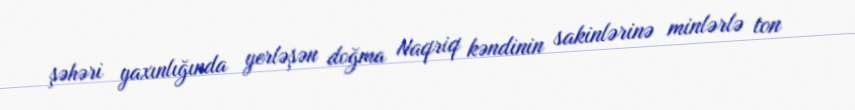
şəhəri yaxınlığında yerləşən doğma Naqriq kəndinin sakinlərinə minlərlə ton